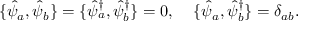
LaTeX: \{ \hat { \psi } _ { a } , \hat { \psi } _ { b } \} = \{ \hat { \psi } _ { a } ^ { \dagger } , \hat { \psi } _ { b } ^ { \dagger } \} = 0 , \; \; \; \; \{ \hat { \psi } _ { a } , \hat { \psi } _ { b } ^ { \dagger } \} = \delta _ { a b } .